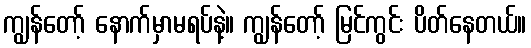
ကျွန်တော့် နောက်မှာမရပ်နဲ့။ ကျွန်တော့် မြင်ကွင်း ပိတ်နေတယ်။